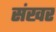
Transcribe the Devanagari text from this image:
संखर